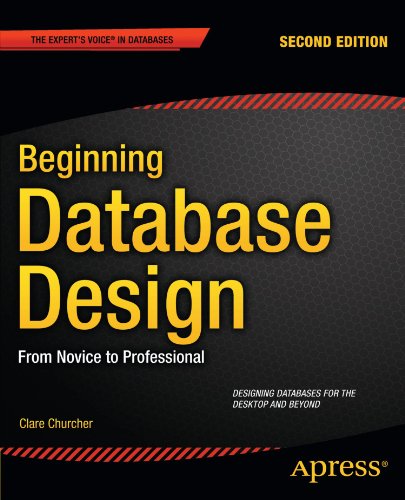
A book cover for Beginning Database Design: From Novice to Professional; Clare Churcher; Computers & Technology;